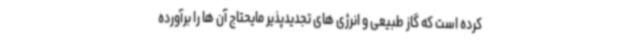
کرده است که گاز طبیعی و انرژی های تجدیدپذیر مایحتاج آن ها را برآورده